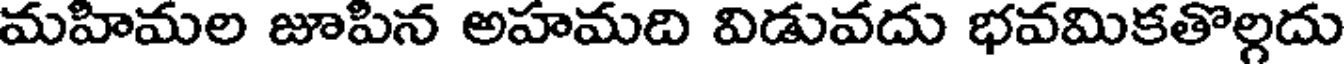
మహిమల జూపిన అహమది విడువదు భవమికతొల్గదు